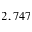
2 , 7 4 7